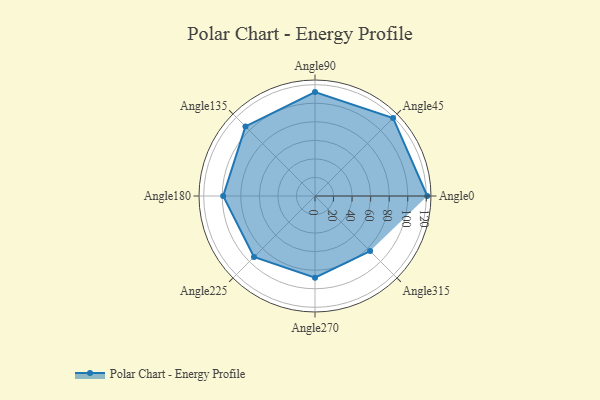
{"axis": {"x": "Angle", "y": "Radius"}, "legend": [""], "data": [{"x": "Angle0", "y": 121.0, "type": ""}, {"x": "Angle45", "y": 119.0, "type": ""}, {"x": "Angle90", "y": 112.0, "type": ""}, {"x": "Angle135", "y": 106.0, "type": ""}, {"x": "Angle180", "y": 99.0, "type": ""}, {"x": "Angle225", "y": 93.0, "type": ""}, {"x": "Angle270", "y": 88.0, "type": ""}, {"x": "Angle315", "y": 84.0, "type": ""}]}